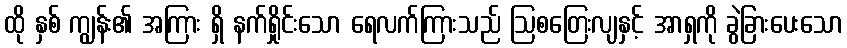
ထို နှစ် ကျွန်း၏ အကြား ရှိ နက်ရှိုင်းသော ရေလက်ကြားသည် ဩစတြေးလျနှင့် အာရှကို ခွဲခြားပေးသော